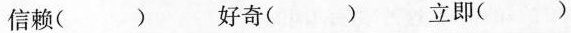
信赖( )好奇( )立即( )